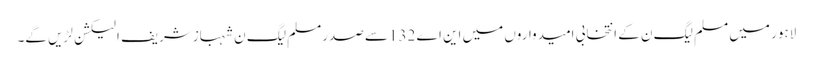
لاہور میں مسلم لیگ ن کے انتخابی امیدواروں میں این اے 132سے صدرمسلم لیگ ن شہبازشریف الیکشن لڑیں گے۔